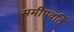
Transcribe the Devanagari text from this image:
समीपवर्ति